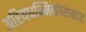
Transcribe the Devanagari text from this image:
अरियधम्मिकोसम्राट